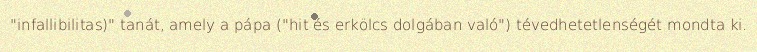
"infallibilitas)" tanát, amely a pápa ("hit és erkölcs dolgában való") tévedhetetlenségét mondta ki.